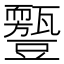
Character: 𧰛